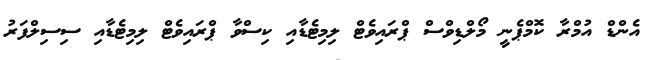
އެންޑް އުމްރާ ކޮމްޕެނީ މޯލްޑިވްސް ޕްރައިވެޓް ލިމިޓެޑާއި ކިސްވާ ޕްރައިވެޓް ލިމިޓެޑާއި ސިސިލްފަރު